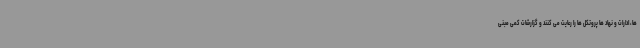
ها، ادارات و نهاد ها پروتکل ها را رعایت می کنند و گزارشات کمی مبنی